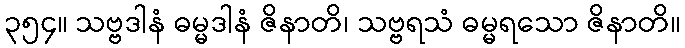
၃၅၄။ သဗ္ဗဒါနံ ဓမ္မဒါနံ ဇိနာတိ၊ သဗ္ဗရသံ ဓမ္မရသော ဇိနာတိ။